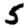
Digit: 5